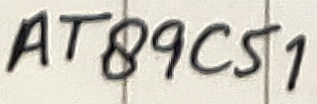
Text: AT89C51